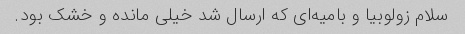
سلام زولوبیا و بامیه‌ای که ارسال شد خیلی مانده و خشک بود.